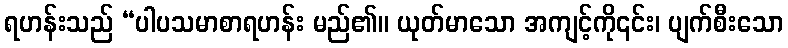
ရဟန်းသည် “ပါပသမာစာရဟန်း မည်၏။ ယုတ်မာသော အကျင့်ကို၎င်း၊ ပျက်စီးသော